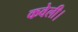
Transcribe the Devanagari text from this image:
कवेली।